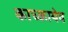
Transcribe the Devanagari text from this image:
काच्कायेव